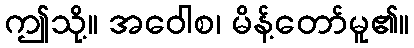
ဤသို့။ အဝေါစ၊ မိန့်တော်မူ၏။